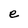
Character: e